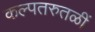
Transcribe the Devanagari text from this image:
कल्पतरुतळीं